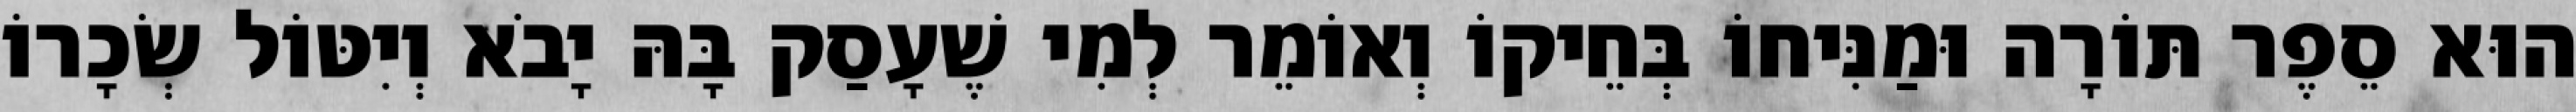
הוּא סֵפֶר תּוֹרָה וּמַנִּיחוֹ בְּחֵיקוֹ וְאוֹמֵר לְמִי שֶׁעָסַק בָּהּ יָבֹא וְיִטּוֹל שְׂכָרוֹ